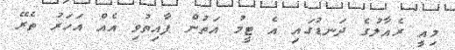
މިއީ ރެއާލުގެ ދަނޑުގައި އެ ޓީމު އަތުން ފާއިތުވި އެއް އަހަރު ތެރޭ